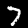
Digit: 7